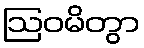
ဩဝမိတွာ